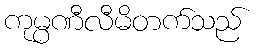
ကုမ္ပဏီလီမိတက်သည်